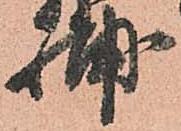
輔